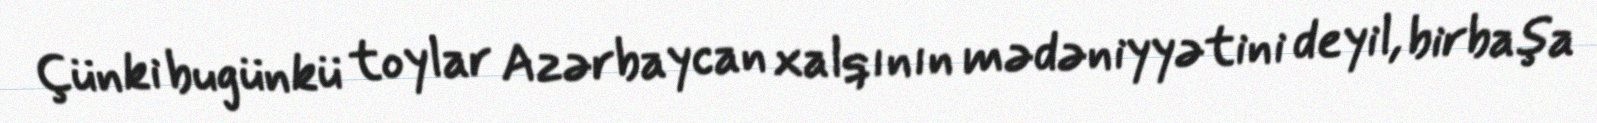
Çünki bugünkü toylar Azərbaycan xalqının mədəniyyətini deyil, birbaşa